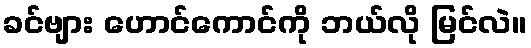
ခင်ဗျား ဟောင်ကောင်ကို ဘယ်လို မြင်လဲ။